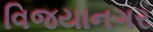
વિજયાનગર